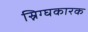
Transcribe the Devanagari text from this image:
स्निग्घकारक